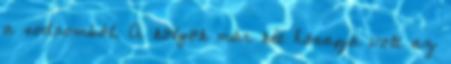
a sodromból. A kölyök már két hónapja volt az